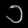
Digit: ၁